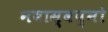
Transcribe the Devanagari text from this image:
नवास्वप्नो